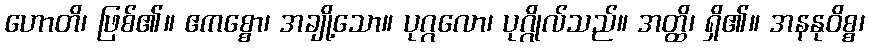
ဟောတိ၊ ဖြစ်၏။ ဧကစ္စော၊ အချို့သော။ ပုဂ္ဂလော၊ ပုဂ္ဂိုလ်သည်။ အတ္ထိ၊ ရှိ၏။ အနနုဝိစ္စ၊